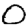
Digit: 0